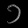
Digit: ၁